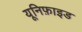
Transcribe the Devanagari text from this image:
यूनिफ़ाइड